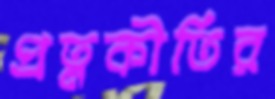
প্রত্নকীর্তির